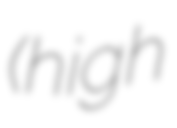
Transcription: (high